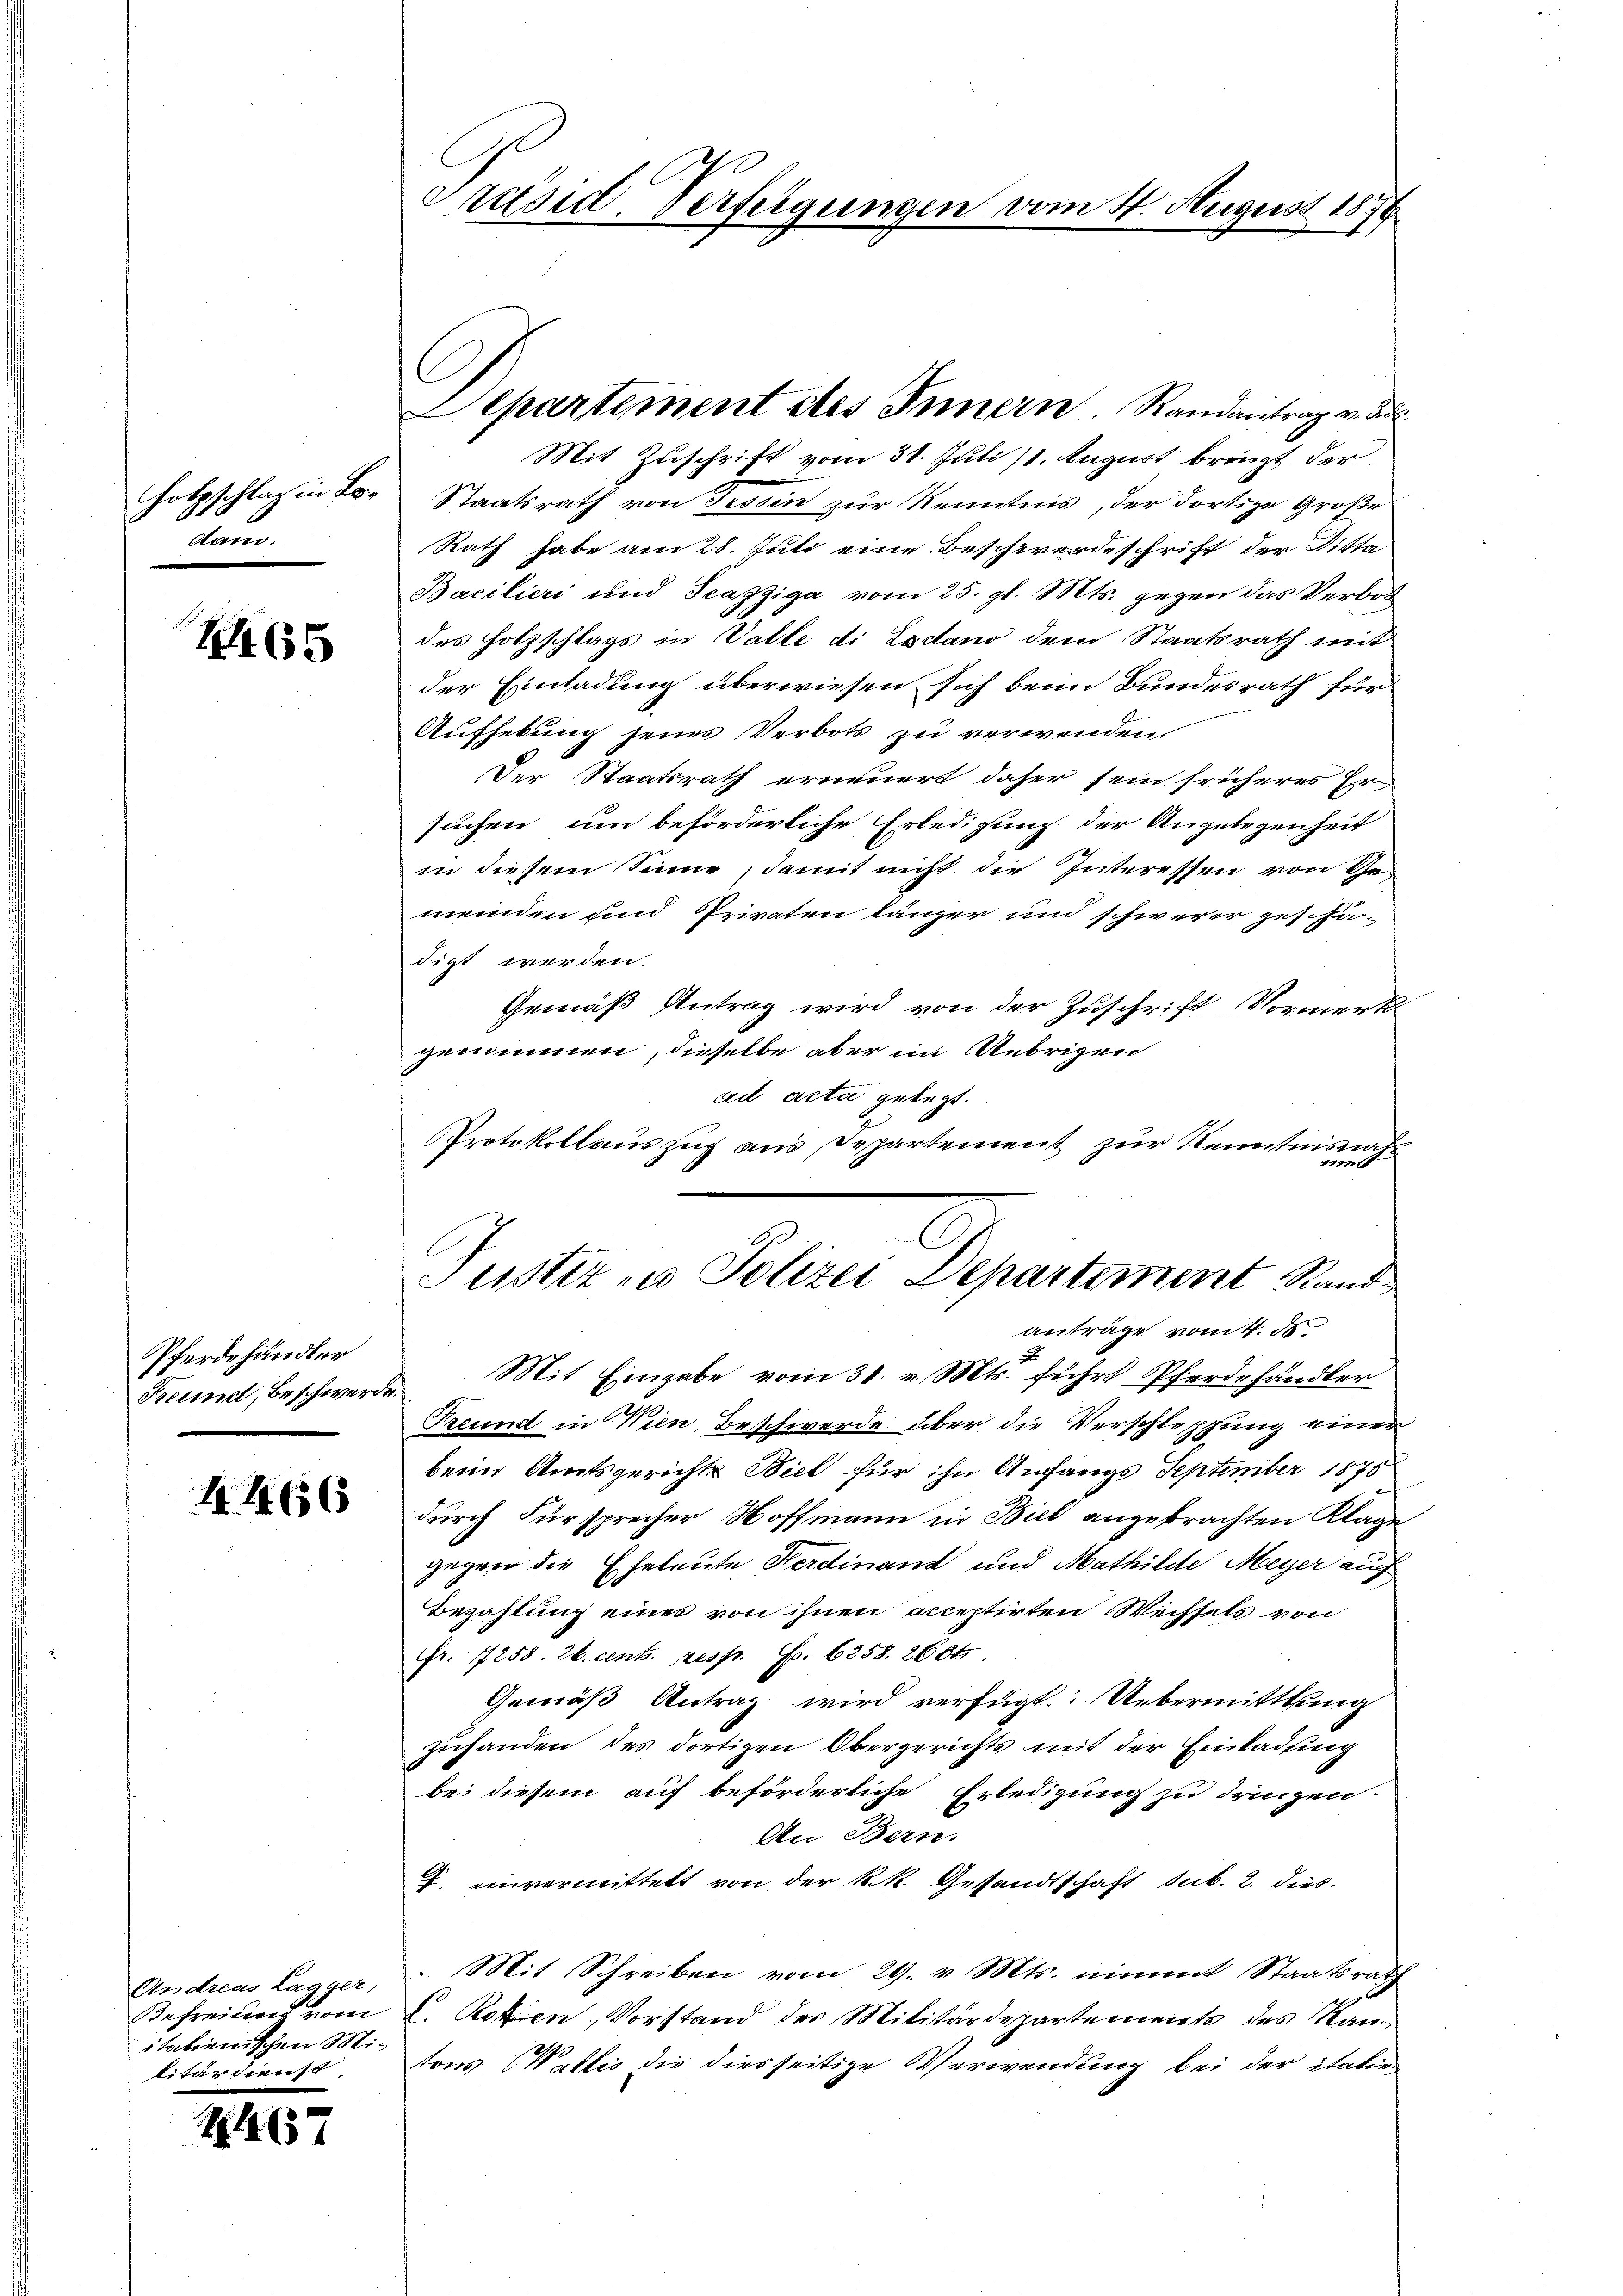
Holzschlag in Lodam.

465

Pferdehändler

1466

Andreas Lagger,
Befreien vom
itationischen Militärdienst

2467

Präsid. Verfügungen vom 4. August 1876

Mit Zuschrift vom 31. Juli (1. August bringt, der
Staatsrath von Tessin zur Kenntnis, der dortige Große
Rath habe am 28. Juli eine Beschwerdeschrift der Ditta
Bacilieri und Scazziga vom 25. gl. Mts. gegen das Verbot
des Holzschlags in Vatte di Exdtano dem Staatsrath mit
der Einladung überwiesen sich beim Bundesrath für
Aufhebung seine Verbots zu verwenden.
Der Staatsrath erneuert daher sein früheres Er
suchen, um beförderliche Erledigung der Angelegenheit
in diesem Sinne, damit nicht die Interessen von Gemeinden und Privaten länger und schwerer geschä-
digt werden.
Gemäß Antrag wird von der Zuschrift Vormerk
genommen, dieselbe aber im Uebrigen
ad acta gelegt.
Protokollauszug aus Departement zur Kenntnisnah
 f 41 xx
Justiz zu Polizei Departement Randanträge vom 4. ds
Freund, Beschwerde. Mit Eingabe vom 31. v. Mts. führt Pferdehändler
Freund in Wien, Beschwerde über die Verschleppung einer
beim Amtsgerichts Biel für ihn Anfangs September 1875
durch Fürsprecher Hoffmann in Biel angebrachten Klage
gegen die Eheleute Herdinand und Mathilde Meyer auf
Bezahlung eines von ihnen acceptirten Wechsels von
Fr. 17258. 26. cent. resp. S. 6258. 2664
Gemäß Antrag wird verfügt. Uebermitttung
zuhanden des dortigen Obergerichts mit der Einladung
bei diesem auf beförderliche Erledigung zu dringen.
An Bern.
J. einvermittelt von der k.k. Gesandtschaft sub. 2. dies
 Mit Schreiben vom 29. v. Mts. nimmt Staatsrath
V. Rezen, Vorstand des Militärdepartements des Kantons Wallis die diesseitige Verwendung bei der itation

Lepartement des Innern. Randantrag v. Js.